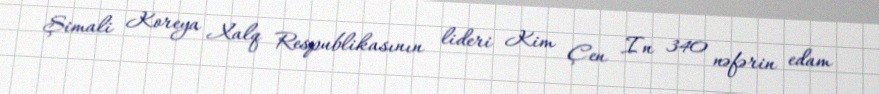
Şimali Koreya Xalq Respublikasının lideri Kim Çen In 340 nəfərin edam